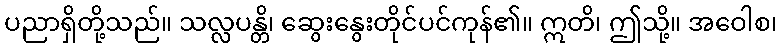
ပညာရှိတို့သည်။ သလ္လပန္တိ၊ ဆွေးနွေးတိုင်ပင်ကုန်၏။ ဣတိ၊ ဤသို့။ အဝေါစ၊